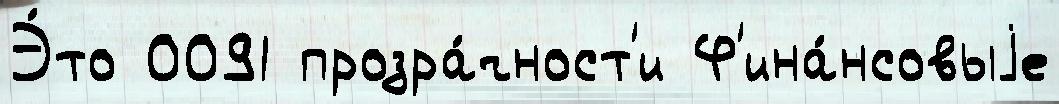
Э́то 0091 прозра́чност'и Ф'ина́нсовыjе